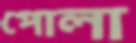
পোলা